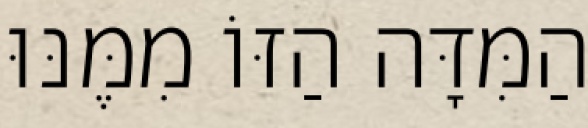
הַמִּדָּה הַזּוֹ מִמֶּנּוּ